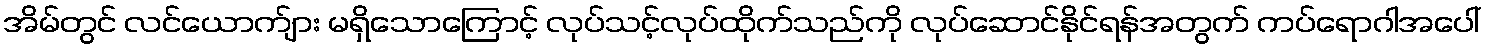
အိမ်တွင် လင်ယောက်ျား မရှိသောကြောင့် လုပ်သင့်လုပ်ထိုက်သည်ကို လုပ်ဆောင်နိုင်ရန်အတွက် ကပ်ရောဂါအပေါ်